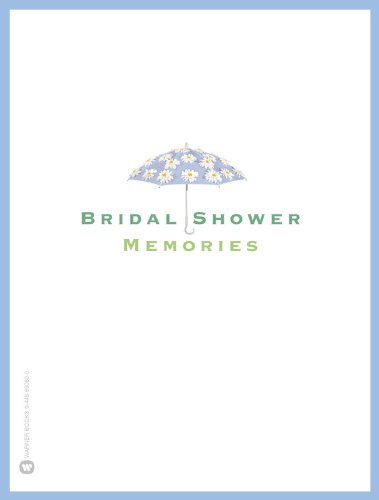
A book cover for Bridal Shower Memories; Sandra Bark; Crafts, Hobbies & Home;